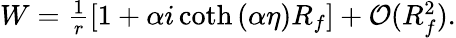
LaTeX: \begin{array}{r}{W=\frac{1}{r}\left[1+\alpha i\coth{(\alpha\eta)}R_{f}\right]+\mathcal{O}(R_{f}^{2}).}\end{array}